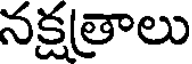
నక్షత్రాలు